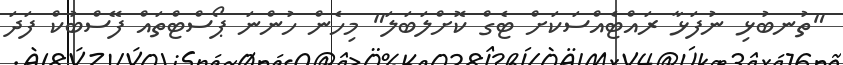
"ތުނބުޅި ނުފަޅާ ރައްޓެއްސަކަށް ޓެގް ކޮށްލަބަލަ" މިހެން ހުންނަ ޕޯސްޓްތައް ފޭސްބުކް ފަދަ